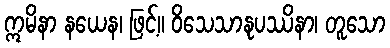
ဣမိနာ နယေန၊ ဖြင့်။ ဝိသေသာနုပဿိနာ၊ တူသော